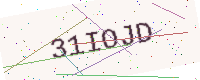
Text: 31IOJD